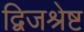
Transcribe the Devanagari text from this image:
द्विजश्रेष्ट